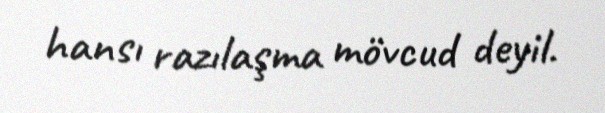
hansı razılaşma mövcud deyil.